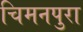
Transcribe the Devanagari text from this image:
चिमनपुरा